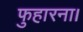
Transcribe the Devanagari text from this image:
फुहारना।